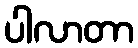
ပါလာတာ